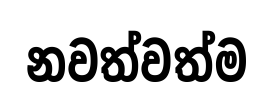
නවත්වත්ම